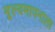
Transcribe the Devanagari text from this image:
मूल्यमापनाला